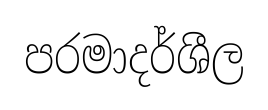
පරමාදර්ශීල